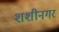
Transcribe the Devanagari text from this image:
शशीनगर